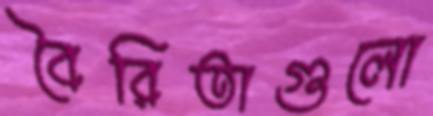
বৈরিতাগুলো